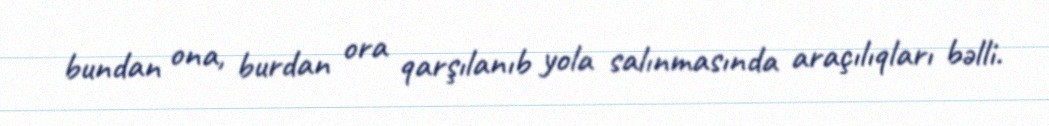
bundan ona, burdan ora qarşılanıb yola salınmasında araçılıqları bəlli.